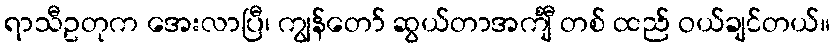
ရာသီဥတုက အေးလာပြီ၊ ကျွန်တော် ဆွယ်တာအင်္ကျီ တစ် ထည် ဝယ်ချင်တယ်။